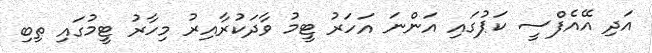
އަދި އޭއެފްސީ ކަޕުގައި އަންނަ އަހަރު ޓީމު ވާދަކުރާއިރު މިހާރު ޓީމުގައި ތިބި